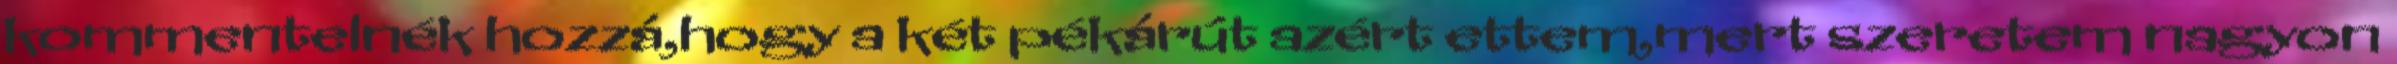
kommentelnék hozzá,hogy a két pékárút azért ettem,mert szeretem nagyon